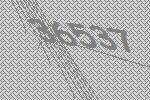
36537